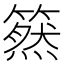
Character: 𥳚